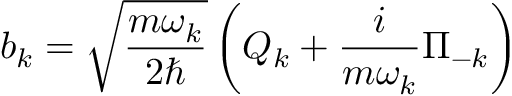
b _ { k } = { \sqrt { \frac { m \omega _ { k } } { 2 \hbar } } } \left( Q _ { k } + { \frac { i } { m \omega _ { k } } } \Pi _ { - k } \right)